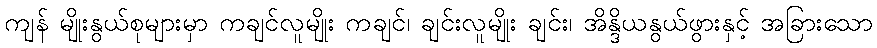
ကျန် မျိုးနွယ်စုများမှာ ကချင်လူမျိုး ကချင်၊ ချင်းလူမျိုး ချင်း၊ အိန္ဒိယနွယ်ဖွားနှင့် အခြားသော